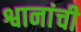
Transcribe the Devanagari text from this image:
श्वानांची